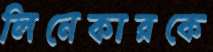
লিনেকারকে